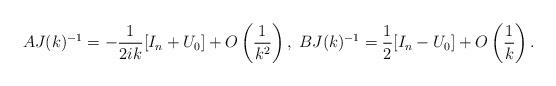
LaTeX: \begin{align*}AJ(k)^{-1}=-\frac{1}{2ik}[I_n+{U_0}]+O\left(\frac{1}{k^2}\right),\; BJ(k)^{-1}=\frac{1}{2}[I_n-{U_0}]+O\left(\frac{1}{k}\right).\end{align*}